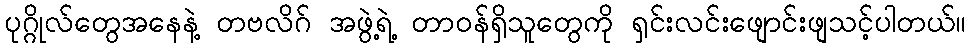
ပုဂ္ဂိုလ်တွေအနေနဲ့ တဗလိဂ် အဖွဲ့ရဲ့ တာဝန်ရှိသူတွေကို ရှင်းလင်းဖျောင်းဖျသင့်ပါတယ်။